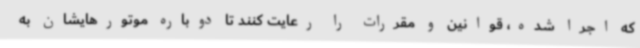
که اجرا شده، قوانین و مقررات را رعایت کنند تا دوباره موتورهایشان به